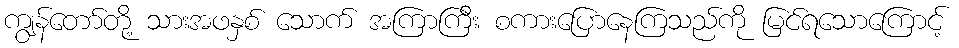
ကျွန်တော်တို့ သားအဖနှစ် သောက် အကြာကြီး စကားပြောနေကြသည်ကို မြင်ရသောကြောင့်